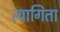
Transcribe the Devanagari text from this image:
त्यागिता